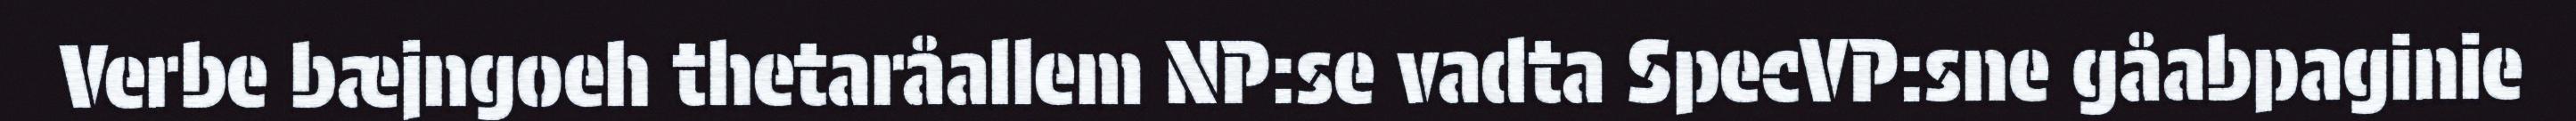
Verbe bæjngoeh thetaråallem NP:se vadta SpecVP:sne gåabpaginie